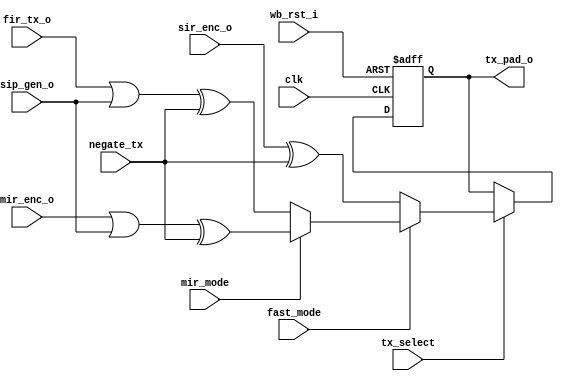
module irda_out_mux (clk, wb_rst_i, sir_enc_o, mir_enc_o, fir_tx_o, sip_gen_o, 
			fast_mode, tx_select, mir_mode, negate_tx, tx_pad_o);
// sampled mux for IrDA main output 
input		clk;
input		wb_rst_i;
input		sir_enc_o;
input		mir_enc_o;
input		fir_tx_o;
input		sip_gen_o;
input		fast_mode;
input		tx_select;
input		mir_mode;
input		negate_tx;

output	tx_pad_o;
reg		tx_pad_o;

always @(posedge clk or posedge wb_rst_i)
begin
	if (wb_rst_i) begin
		tx_pad_o <= #1 0;
	end else if (tx_select) begin
		if (~fast_mode)
			tx_pad_o <= #1 sir_enc_o ^ negate_tx;
		else if (mir_mode)
			tx_pad_o <= #1 (mir_enc_o | sip_gen_o) ^ negate_tx;
		else
			tx_pad_o <= #1 (fir_tx_o | sip_gen_o) ^ negate_tx;
	end
end

endmodule